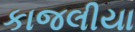
કાજલીયા